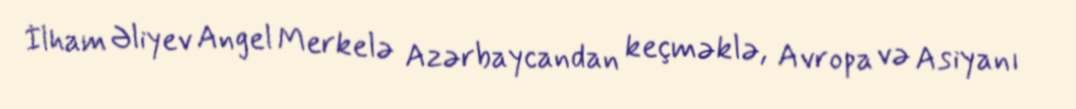
İlham Əliyev Angel Merkelə Azərbaycandan keçməklə, Avropa və Asiyanı